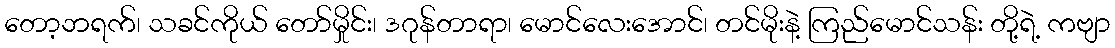
တော့ဘရက်၊ သခင်ကိုယ် တော်မှိုင်း၊ ဒဂုန်တာရာ၊ မောင်လေးအောင်၊ တင်မိုးနဲ့ ကြည်မောင်သန်း တို့ရဲ့ ကဗျာ